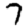
Digit: 7